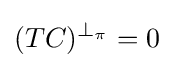
(TC)^{\perp _{\pi }}=0